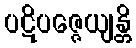
ပဋိပဇ္ဇေယျန္တိ